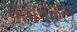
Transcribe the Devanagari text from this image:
मतानुकृल